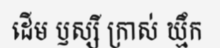
ដើម ឫស្សី ក្រាស់ ឃ្មឹក